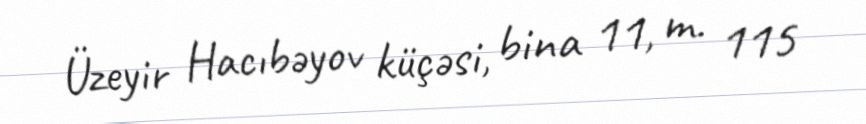
Üzeyir Hacıbəyov küçəsi, bina 11, m. 115